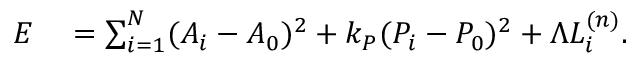
\begin{array} { r l } { E } & { { } = \sum _ { i = 1 } ^ { N } ( A _ { i } - A _ { 0 } ) ^ { 2 } + k _ { P } ( P _ { i } - P _ { 0 } ) ^ { 2 } + \Lambda L _ { i } ^ { ( n ) } . } \end{array}